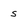
Character: s